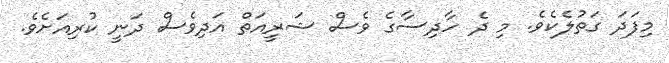
މިފަދަ ގަތުލެކެވެ. މި ދެ ހާދިސާގެ ވެސް ޝަރީއަތް އަދިވެސް ދަނީ ކުރިއަށެވެ.